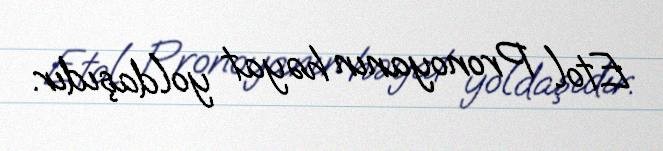
Etol Pronoyanın həyat yoldaşıdır.